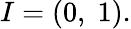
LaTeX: I=(0,\; 1).